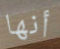
أنها